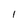
Character: l